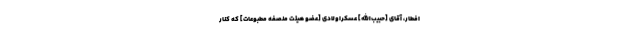
افطار، آقاى [حبیب‌الله] عسكراولادى [عضو هیئت منصفه مطبوعات] ‌كه كنار